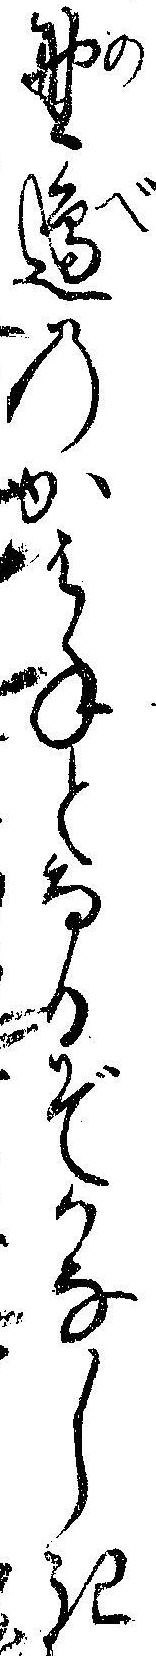
野辺のかはねとなるぞかなしき